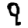
Digit: 9